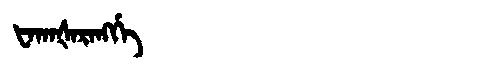
Manchu: ᡶᠠᡴᠠᡧᠠᡵᠠᠩᡤᡝ
Romanization: FAKAŠARANGGE